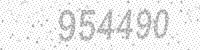
Solution: 954490